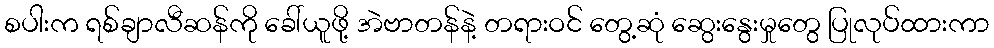
စပါးက ရစ်ချာလီဆန်ကို ခေါ်ယူဖို့ အဲဗာတန်နဲ့ တရားဝင် တွေ့ဆုံ ဆွေးနွေးမှုတွေ ပြုလုပ်ထားကာ